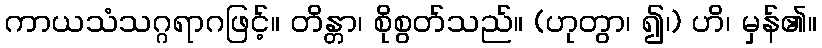
ကာယသံသဂ္ဂရာဂဖြင့်။ တိန္တာ၊ စိုစွတ်သည်။ (ဟုတွာ၊ ၍၊) ဟိ၊ မှန်၏။